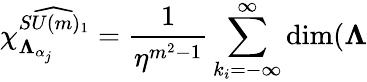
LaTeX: \chi_{\mathbf{\Lambda}_{\alpha_{j}}}^{\widehat{SU(m)_{1}}}=\frac{1}{\eta^{m^{2}-1}}\sum_{k_{i}=-\infty}^{\infty}\dim(\mathbf{\Lambda}